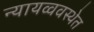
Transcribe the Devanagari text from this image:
न्यायव्ववस्थेत